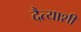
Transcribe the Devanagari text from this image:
दैत्याशी